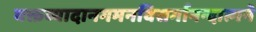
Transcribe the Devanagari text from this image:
वक्तव्यादानगमनविसर्गानन्दात्मने